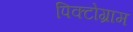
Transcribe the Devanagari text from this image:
पिक्टोग्राम